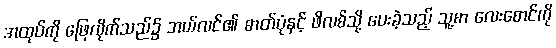
အထုပ်ကို ဖြေလိုက်သည်၌ အယ်လင်၏ ဓာတ်ပုံနှင့် ဖိလစ်သို့ ပေးခဲ့သည့် သူ့စာ လေးစောင်ကို